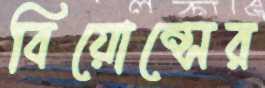
বিয়োন্সের